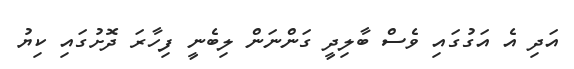
އަދި އެ އަގުގައި ވެސް ބާލިދީ ގަންނަން ލިބެނީ ފިހާރަ ދޮށުގައި ކިޔު